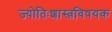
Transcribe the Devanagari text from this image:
ज्योतिःशास्त्रविषयक